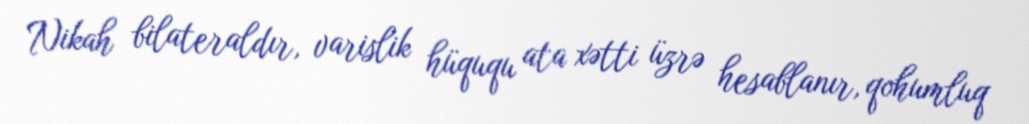
Nikah bilateraldır, varislik hüququ ata xətti üzrə hesablanır, qohumluq